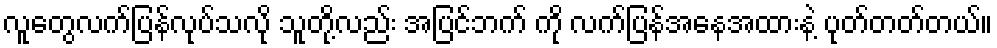
လူတွေလက်ပြန်လုပ်သလို သူတို့လည်း အပြင်ဘက် ကို လက်ပြန်အနေအထားနဲ့ ပုတ်တတ်တယ်။